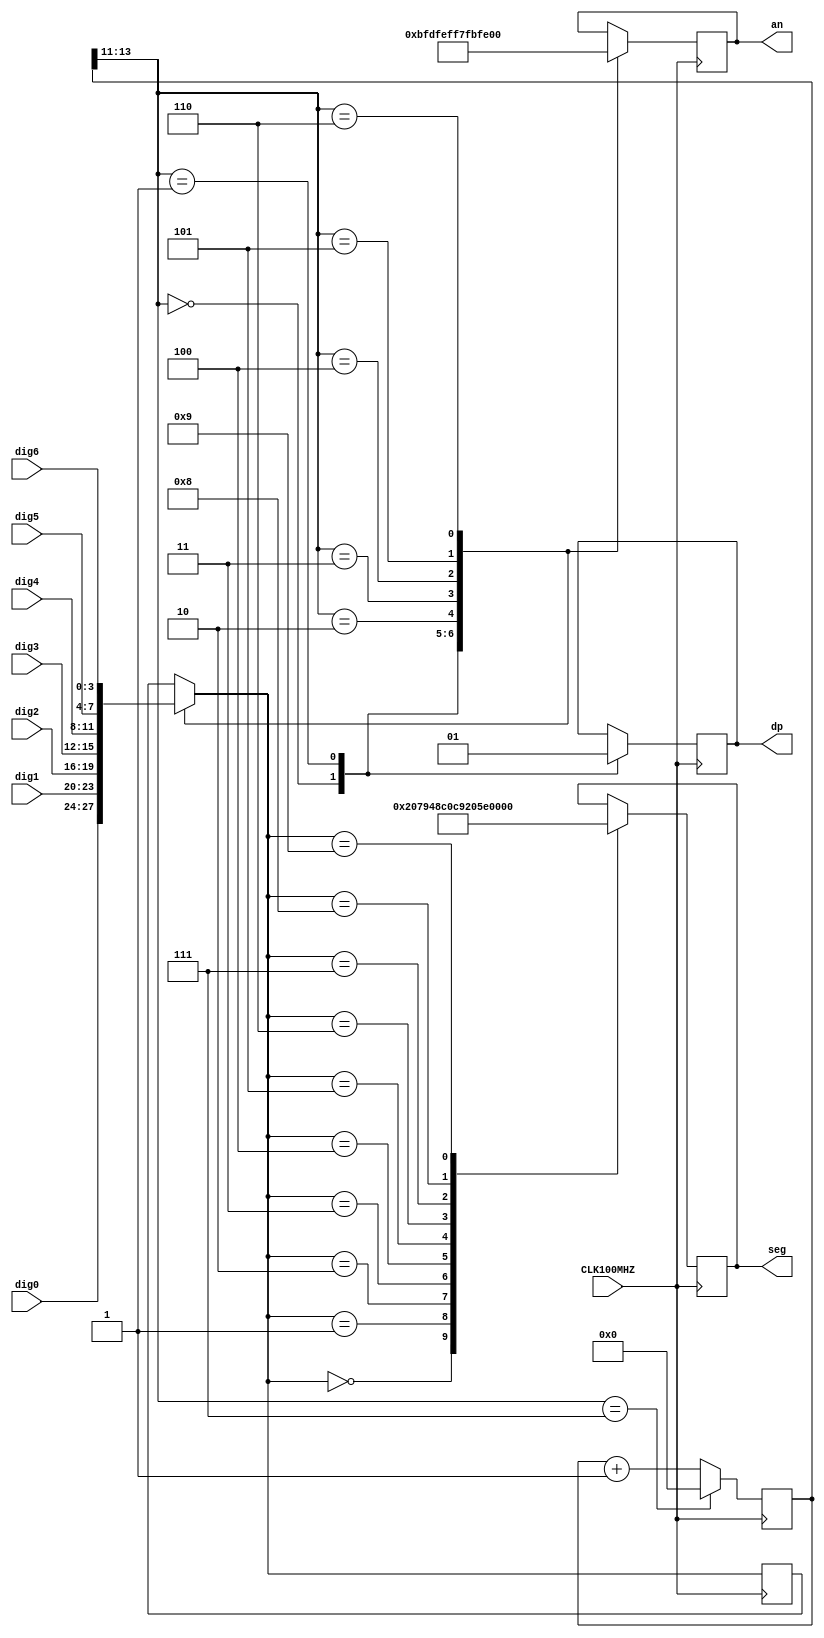
`timescale 1ns / 1ps

module to7seg(
	input CLK100MHZ,
	input [3:0] dig0, dig1, dig2, dig3, dig4, dig5, dig6,
	output reg [7:0] an,
   output reg dp,
	output reg [6:0] seg
	);
	
	reg [13:0] count;
	reg [3:0] dec;
	
	always@(posedge CLK100MHZ)
	begin
		if(count[13:11]==3'b111)
			count = 14'b0;
		else
			count = count + 1;
	end
	
	always@(posedge CLK100MHZ)
	begin
		case (count[13:11])
			4'd0:
			begin
				dec=dig0;
				an=8'b10111111;
				dp=0;
			end
			4'd1:
			begin
				dec=dig1;
				an=8'b11011111;
				dp=1;
			end
			4'd2:
			begin
				dec=dig2;
				an=8'b11101111;
			end
			4'd3:
			begin
				dec=dig3;
				an=8'b11110111;
			end
			4'd4:
			begin
				dec=dig4;
				an=8'b11111011;
			end
			4'd5:
			begin
				dec=dig5;
				an=8'b11111101;
			end
			4'd6:
			begin
				dec=dig6;
				an=8'b11111110;
			end
		endcase
		
		case (dec)
			4'd0: seg = 7'b1000000;
			4'd1: seg = 7'b1111001;
			4'd2: seg = 7'b0100100;
			4'd3: seg = 7'b0110000;
			4'd4: seg = 7'b0011001;
			4'd5: seg = 7'b0010010;
			4'd6: seg = 7'b0000010;
			4'd7: seg = 7'b1111000;
			4'd8: seg = 7'b0000000;
			4'd9: seg = 7'b0011000;
		endcase
	end

endmodule